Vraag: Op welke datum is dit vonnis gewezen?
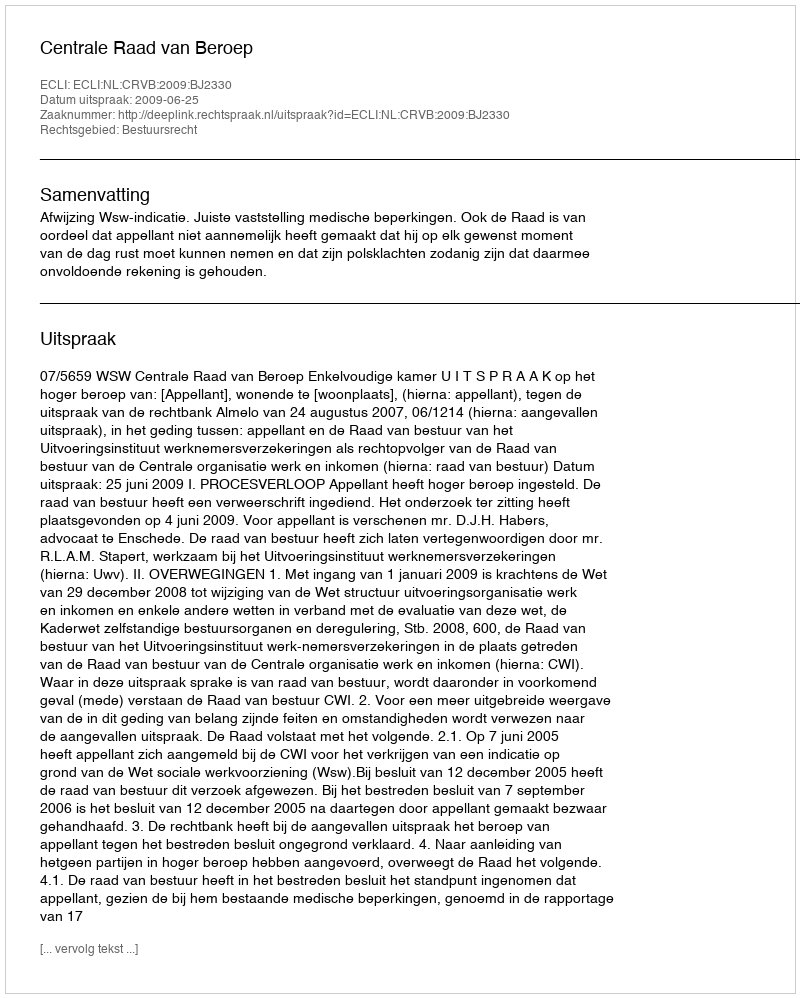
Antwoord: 2009-06-25